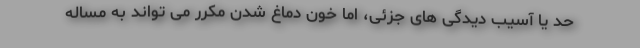
حد یا آسیب دیدگی های جزئی، اما خون دماغ شدن مکرر می تواند به مساله